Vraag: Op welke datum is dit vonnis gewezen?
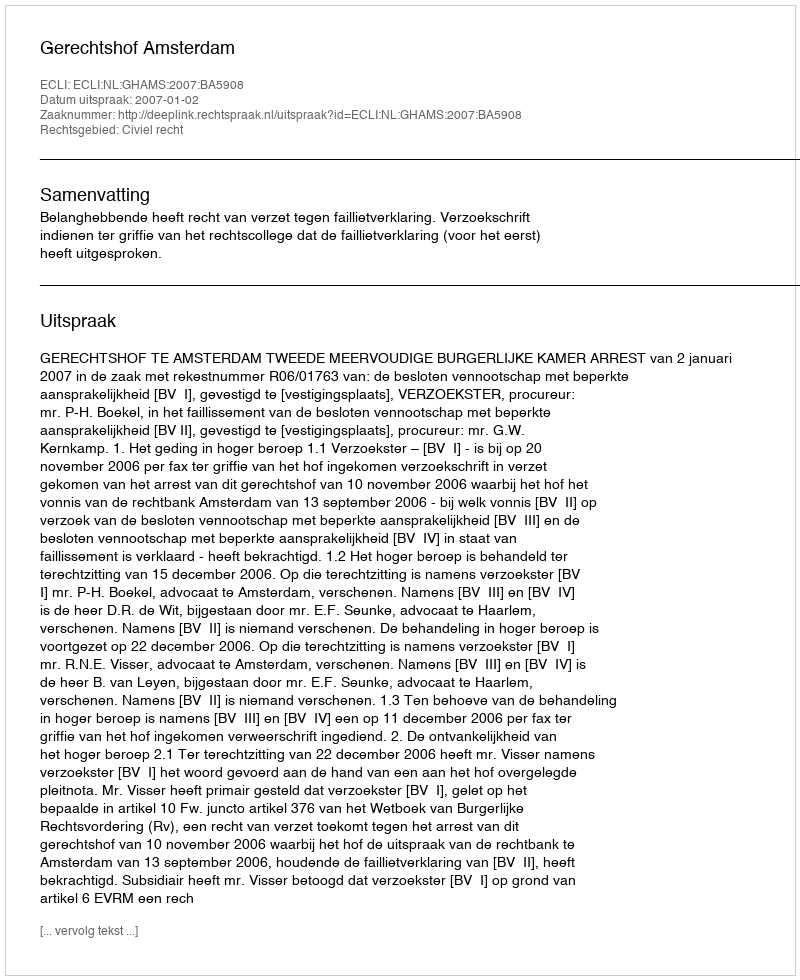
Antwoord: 2007-01-02